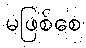
မဖြစ်စေ